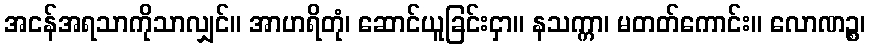
အငန်အရသာကိုသာလျှင်။ အာဟရိတုံ၊ ဆောင်ယူခြင်းငှာ။ နသက္ကာ၊ မတတ်ကောင်း။ လောဏဉ္စ၊